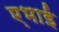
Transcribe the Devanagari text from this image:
एभाई